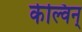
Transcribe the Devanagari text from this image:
केल्विन्